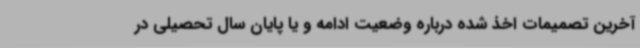
آخرین تصمیمات اخذ شده درباره وضعیت ادامه و یا پایان سال تحصیلی در